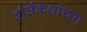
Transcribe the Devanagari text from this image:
दीर्घकथांच्या